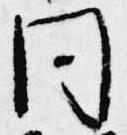
同